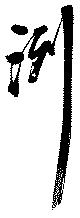
洌